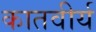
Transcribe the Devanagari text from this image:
कातवीर्य